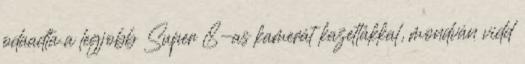
odaadta a legjobb Super 8-as kamerát kazettákkal, mondván vidd